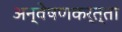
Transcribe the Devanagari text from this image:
अन्वेषणकर्त्ता